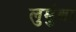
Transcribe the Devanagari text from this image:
लुमुंबा